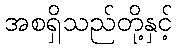
အစရှိသည်တို့နှင့်